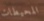
المحيطات